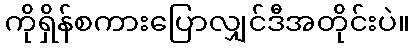
ကိုရှိန်စကားပြောလျှင်ဒီအတိုင်းပဲ။